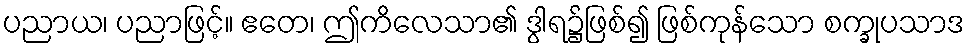
ပညာယ၊ ပညာဖြင့်။ ဧတေ၊ ဤကိလေသာ၏ ဒွါရ၌ဖြစ်၍ ဖြစ်ကုန်သော စက္ခုပသာဒ